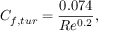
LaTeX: C _ { f , t u r } = { \frac { 0 . 0 7 4 } { R e ^ { 0 . 2 } } } ,